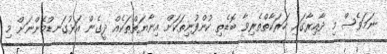
ނަމަވެސް މި ދާއިރާގައި ހަރަކާތްތެެރިވާ ބޮޑެތި ކުންފުނިތަކަށް އިނާޔަތްތަކެއް ދީގެން އަޅުގަނޑުމެންނަށް މި